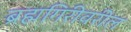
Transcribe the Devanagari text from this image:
ब्रह्मगिरीवरील